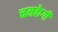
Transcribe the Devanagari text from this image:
चमकेगी